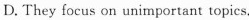
D.They focus on unimportant topics.